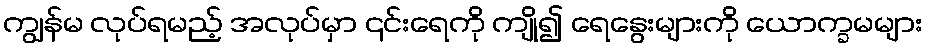
ကျွန်မ လုပ်ရမည့် အလုပ်မှာ ၎င်းရေကို ကျို၍ ရေနွေးများကို ယောက္ခမများ